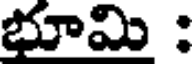
భూమి :